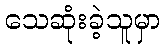
သေဆုံးခဲ့သူမှာ